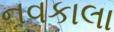
નવકાલા